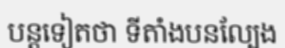
បន្តទៀតថា ទីតាំងបនល្បែង